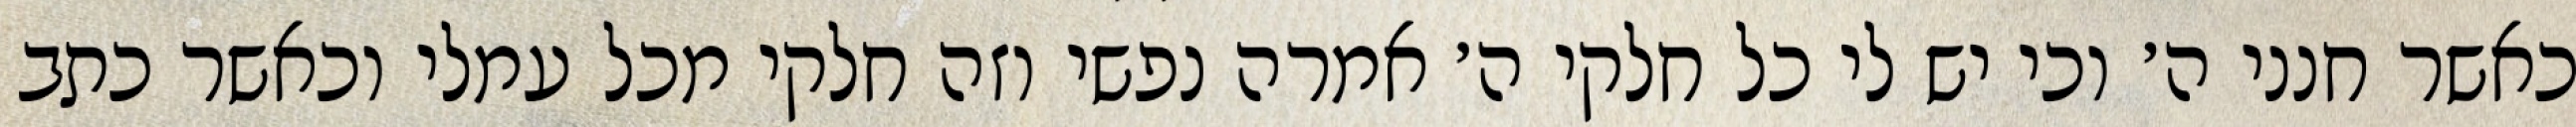
כאשר חנני ה׳ וכי יש לי כל חלקי ה׳ אמרה נפשי וזה חלקי מכל עמלי וכאשר כתב